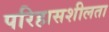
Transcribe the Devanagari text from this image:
परिहासशीलता